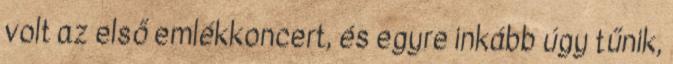
volt az első emlékkoncert, és egyre inkább úgy tűnik,